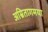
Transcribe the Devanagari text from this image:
अम्रितागमया